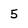
Character: 5